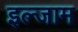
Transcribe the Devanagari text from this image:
इल्‍जाम